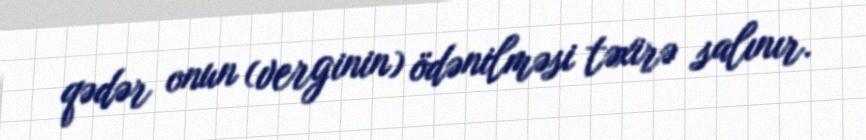
qədər onun (verginin) ödənilməsi təxirə salınır.